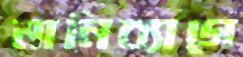
মানিব্যাগে